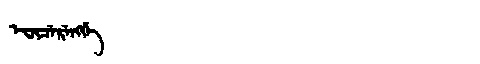
Manchu: ᡝᠸᡳᠴᡝᡵᡝᠩᡤᡝ
Romanization: EFICERENGGE